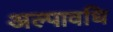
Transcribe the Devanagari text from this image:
अल्‍पावधि